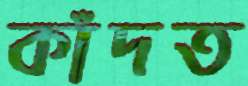
কাঁদত